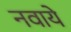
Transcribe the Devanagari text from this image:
नवाये